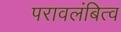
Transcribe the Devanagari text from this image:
परावलंबित्व